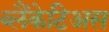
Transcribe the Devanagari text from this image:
ब्लैंकेटिअस